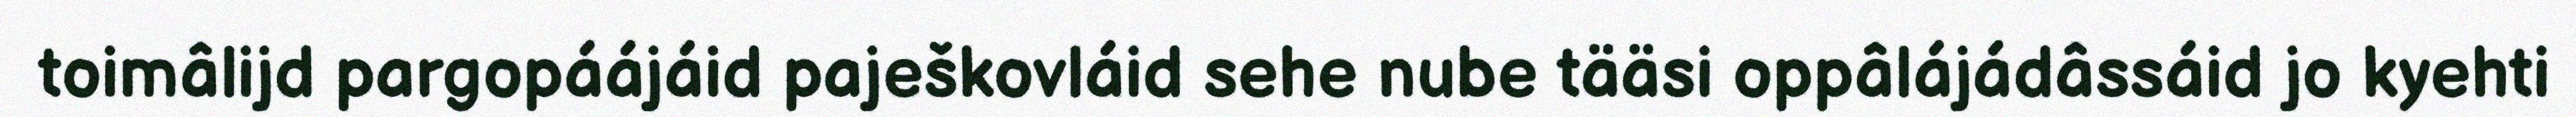
toimâlijd pargopáájáid paješkovláid sehe nube tääsi oppâlájádâssáid jo kyehti